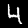
Digit: 4